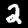
Digit: 2